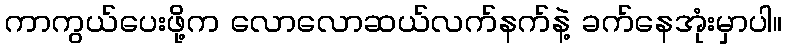
ကာကွယ်ပေးဖို့က လောလောဆယ်လက်နက်နဲ့ ခက်နေအုံးမှာပါ။